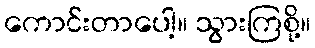
ကောင်းတာပေါ့။ သွားကြစို့။